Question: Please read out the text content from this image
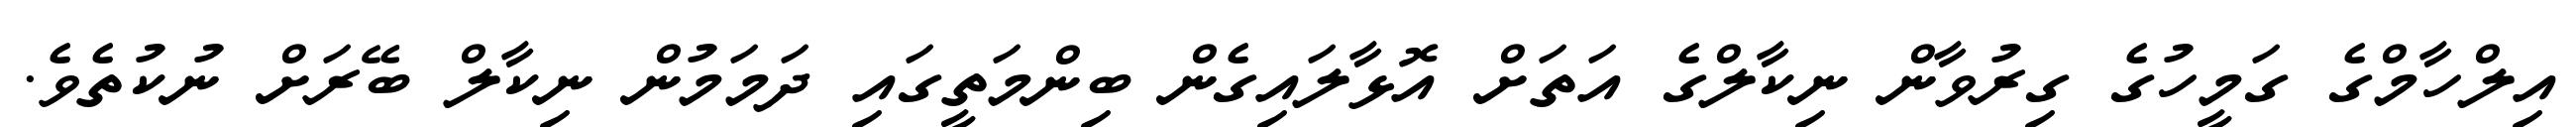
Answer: އިލްހާމްގެ ގަމީހުގެ ގިރުވާން ނިކާލްގެ އަތަށް އޮޅާލައިގެން ބިންމަތީގައި ދަމަމުން ނިކާލް ބޭރަށް ނުކުތެވެ.